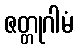
ဇတ္တုဂါမံ